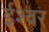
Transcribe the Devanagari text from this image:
र्इश्वर